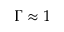
\Gamma \approx 1